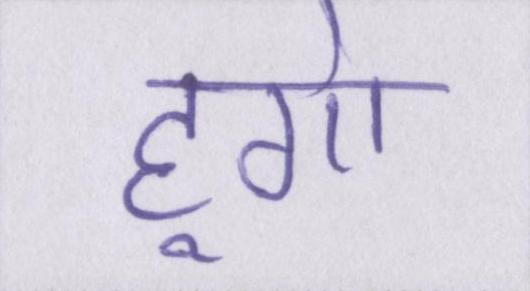
हूगो